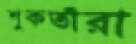
শুকতাঁরা